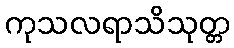
ကုသလရာသိသုတ္တ